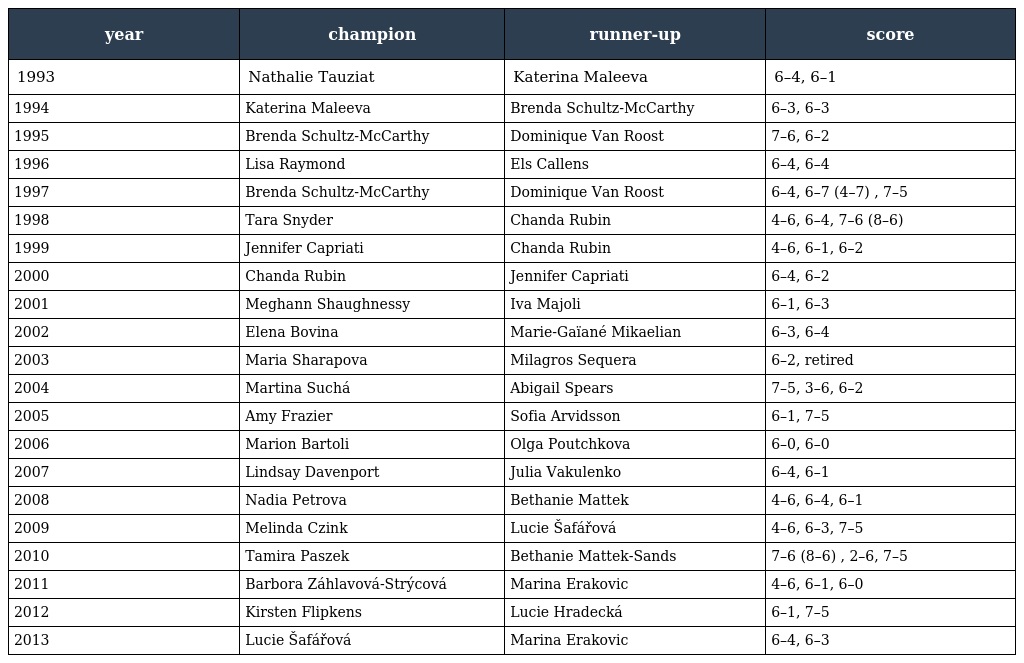
| year | champion | runner-up | score |
 | --- | --- | --- | --- |
 | 1993 | Nathalie Tauziat | Katerina Maleeva | 6–4, 6–1 |
 | 1994 | Katerina Maleeva | Brenda Schultz-McCarthy | 6–3, 6–3 |
 | 1995 | Brenda Schultz-McCarthy | Dominique Van Roost | 7–6, 6–2 |
 | 1996 | Lisa Raymond | Els Callens | 6–4, 6–4 |
 | 1997 | Brenda Schultz-McCarthy | Dominique Van Roost | 6–4, 6–7 (4–7) , 7–5 |
 | 1998 | Tara Snyder | Chanda Rubin | 4–6, 6–4, 7–6 (8–6) |
 | 1999 | Jennifer Capriati | Chanda Rubin | 4–6, 6–1, 6–2 |
 | 2000 | Chanda Rubin | Jennifer Capriati | 6–4, 6–2 |
 | 2001 | Meghann Shaughnessy | Iva Majoli | 6–1, 6–3 |
 | 2002 | Elena Bovina | Marie-Gaïané Mikaelian | 6–3, 6–4 |
 | 2003 | Maria Sharapova | Milagros Sequera | 6–2, retired |
 | 2004 | Martina Suchá | Abigail Spears | 7–5, 3–6, 6–2 |
 | 2005 | Amy Frazier | Sofia Arvidsson | 6–1, 7–5 |
 | 2006 | Marion Bartoli | Olga Poutchkova | 6–0, 6–0 |
 | 2007 | Lindsay Davenport | Julia Vakulenko | 6–4, 6–1 |
 | 2008 | Nadia Petrova | Bethanie Mattek | 4–6, 6–4, 6–1 |
 | 2009 | Melinda Czink | Lucie Šafářová | 4–6, 6–3, 7–5 |
 | 2010 | Tamira Paszek | Bethanie Mattek-Sands | 7–6 (8–6) , 2–6, 7–5 |
 | 2011 | Barbora Záhlavová-Strýcová | Marina Erakovic | 4–6, 6–1, 6–0 |
 | 2012 | Kirsten Flipkens | Lucie Hradecká | 6–1, 7–5 |
 | 2013 | Lucie Šafářová | Marina Erakovic | 6–4, 6–3 |